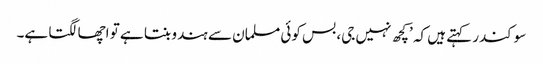
سوکندر کہتے ہیں کہ ’کچھ نہیں جی، بس کوئی مسلمان سے ہندو بنتا ہے تو اچھا لگتا ہے۔